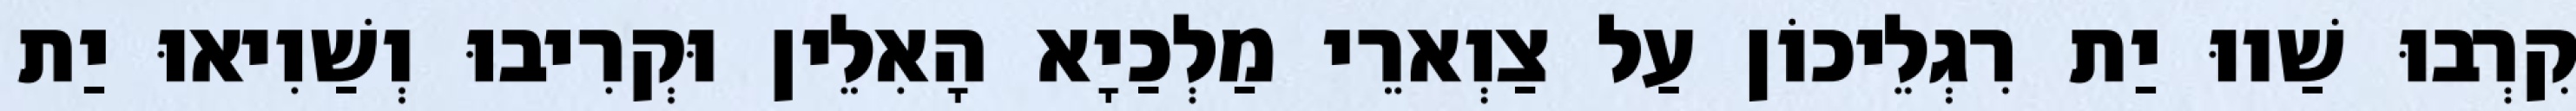
קִרְבוּ שַׁווּ יַת רִגְלֵיכוֹן עַל צַוְארֵי מַלְכַיָא הָאִלֵין וּקְרִיבוּ וְשַׁוִיאוּ יַת